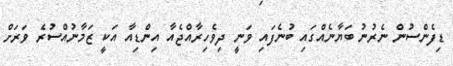
ޑިފެންސުން ނެރުނު ބަޔާނެއްގައި ބުނެފައި ވަނީ ދިވެހިރާއްޖެއާ އިންޑިއާ އަކީ ޒަމާނުއްސުރެ ވަރަށް